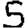
Digit: 5